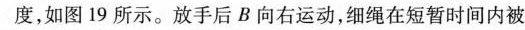
度，如图 19 所示。放手后 B 向右运动，细绳在短暂时间内被